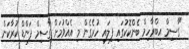
"ގާސިމް އިބްރާހިމް ބެންކޮކުގައި ފިލައި ހުރެގެން މި އެއްވުމަށް ގާސިމް ފަންޑް ކުރާކަން